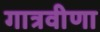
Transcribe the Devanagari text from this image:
गात्रवीणा